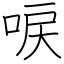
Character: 唳